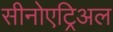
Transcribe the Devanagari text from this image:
सीनोएट्रिअल